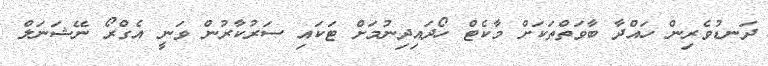
ދަނޑުވެރިން ހައްދާ ބާވަތްތަކަށް މާކެޓް ހޯދައިދިނުމަށް ޓަކައި ސަރުކާރުން ވަނީ އެގްރޯ ނޭޝަނަލް